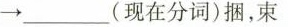
→ ___ (现在分词)捆，束